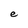
Character: e